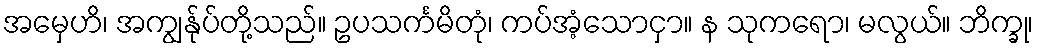
အမှေဟိ၊ အကျွန်ုပ်တို့သည်။ ဥပသင်္ကမိတုံ၊ ကပ်အံ့သောငှာ။ န သုကရော၊ မလွယ်။ ဘိက္ခု၊